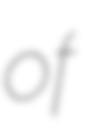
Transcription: of